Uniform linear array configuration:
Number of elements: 48
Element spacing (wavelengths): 0.75
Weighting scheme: hann
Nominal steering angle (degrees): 60
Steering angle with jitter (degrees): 60.293
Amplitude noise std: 0.05
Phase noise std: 0.05

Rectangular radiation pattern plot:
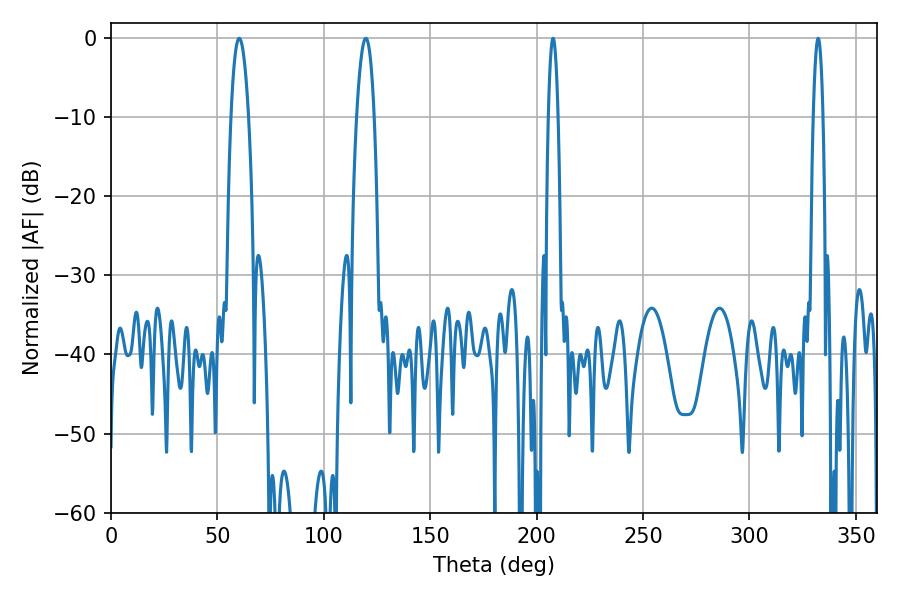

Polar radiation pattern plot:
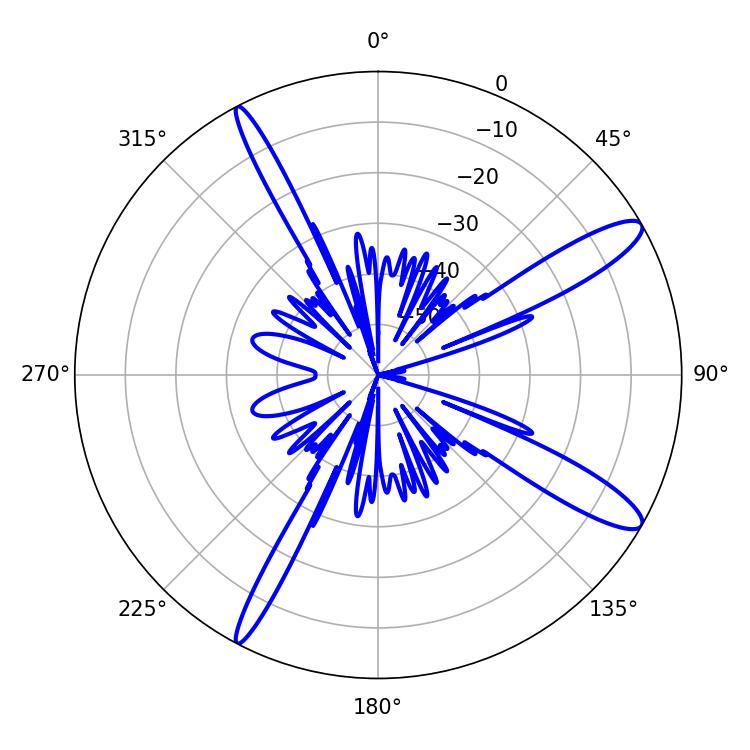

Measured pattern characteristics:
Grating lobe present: TRUE
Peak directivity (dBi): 12.799
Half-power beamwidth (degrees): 2.52
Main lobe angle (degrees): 207.72